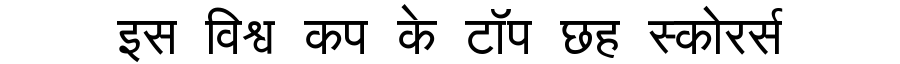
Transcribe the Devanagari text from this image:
इस विश्व कप के टॉप छह स्कोरर्स